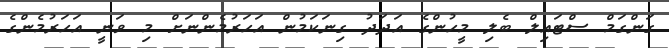
ގަންގަމް ސްޓައިލް ބެލި މީހުންގެ އަދަދު ގިނަކަމުން އަހަރުމެންނަށް މި ވަނީ އަހަރުމެންގެ